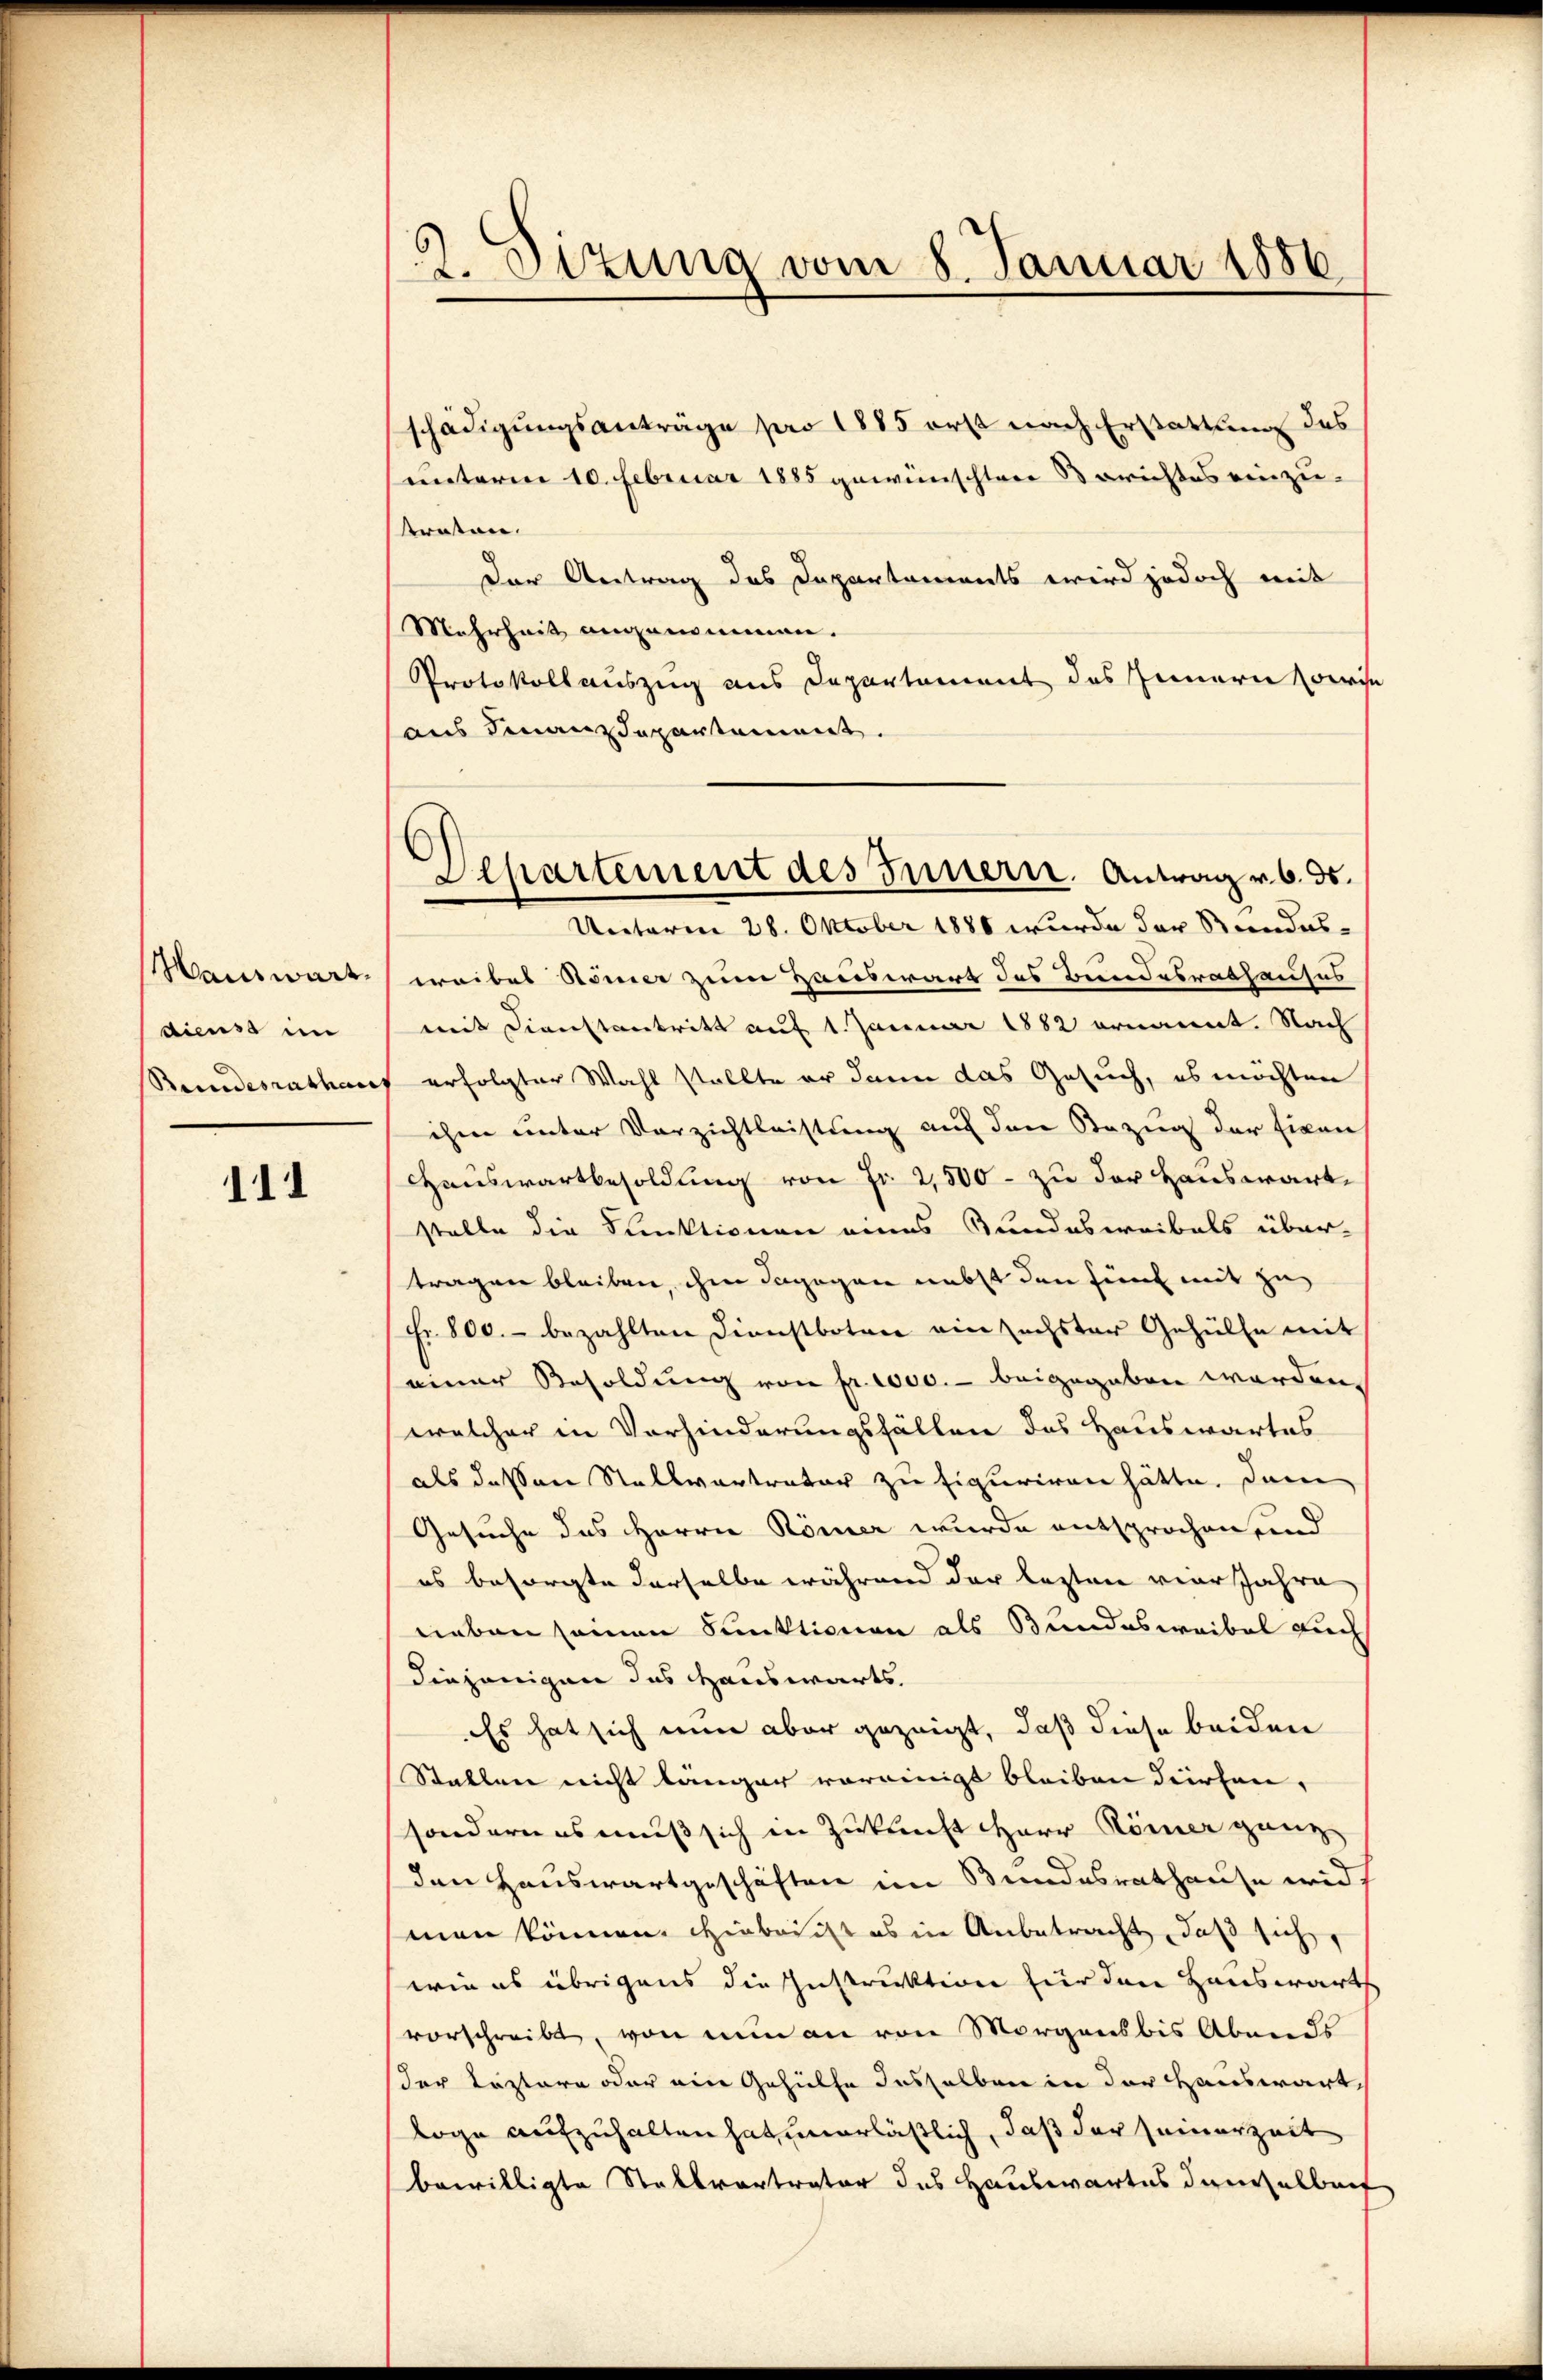
Main wart.
dienst im
Bundesrathun

111

9. Sizung vom 8. Januar 1886

schädigungsanträge pro 1885 erst nach Erstattung des
unterm 10. Februar 1885 gewünschten Berichtes einzustraten.
Der Antrag des Departements wird jedoch mit
Mehrheit angenommen.
Protokollauszug aus Departament des Innern derse
aus Finanzdepartement.
Unterm 28. Oktober 1880 wurde der Stundes-
weibes Römer zum Hauswart des Bundesrathauses
mit Dienstantritt auf 1. Januar 1882 ernannt. Nach
erfolgter Wahl stellte er dann das Gesuch, es möchten
ihm unter Verzichtleistung auf den Bezug der Eigen
Hauswartbesoldung von Fr. 2,500 - zu der Hauswärtstelle die Funktionen eines Bundesweibals über-
tragen bleiben, ihm dagegen nebst den fünf mit zu
Fr. 800.- bezahlten Dienstboten ein sechster Gehülfe mit
einer Besoldung von fr. 1000.- beigegeben worden,
welcher in Vorhinderungsfällen des Hauswartes
als dessen Stellvertratur zu figuriren hätte, denn
Gesuche des Herrn Römer wurde entsprochen, und
es besorgte derselbe während der lezten vier Jahre
neben seinen Sektionen als Bundeswaibel auch
diejenigen das Hauswärts.
Es hat sich nun aber gezeigt, daß diese beiden
Stallen nicht länger vereinigt bleiben dürfen,
sondern es muß sich in Zukunft HHerr Römer ganz
den Hauswartgeschäften im Bundesrathause wid
man können. Hiebeicht es in Anbetracht, daß sich
wie es übrigens die Instruktion für den Hauswart
vorschreibt, von nun an von Morgens bis Abends
der Leztere oder ein Gehülfe desselben in der Hauswärtloge aufzuhalten hat, unerläßlich, daß der seinerzeit
bewilligte Stallvertrator des Hauswärtes demselbert

6
Aepartement des Innern. Antrag v. 6. ds.